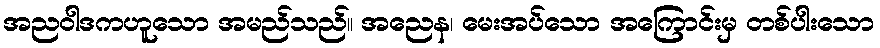
အညဝါဒကဟူသော အမည်သည်။ အညေန၊ မေးအပ်သော အကြောင်းမှ တစ်ပါးသော